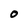
Character: O